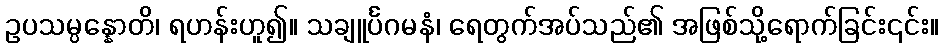
ဥပသမ္ပန္နောတိ၊ ရဟန်းဟူ၍။ သချူင်္ပဂမနံ၊ ရေတွက်အပ်သည်၏ အဖြစ်သို့ရောက်ခြင်း၎င်း။